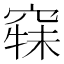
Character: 𱷍